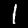
Label: 1